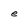
Character: e